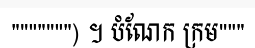
""""""") ។ បំណែក ក្រម"""